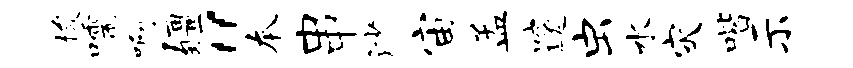
梭嚅啊疆“本串沙宙孟邃虫水灾喈示